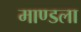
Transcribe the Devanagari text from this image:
माण्डला